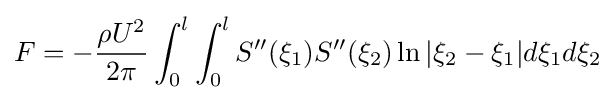
F=-{\frac {\rho U^{2}}{2\pi }}\int _{0}^{l}\int _{0}^{l}S''(\xi _{1})S''(\xi _{2})\ln |\xi _{2}-\xi _{1}|d\xi _{1}d\xi _{2}